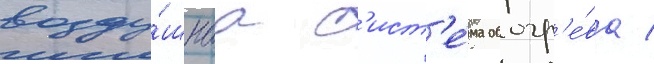
возду́шнаа с'ист'е́ма обогр'е́ва /